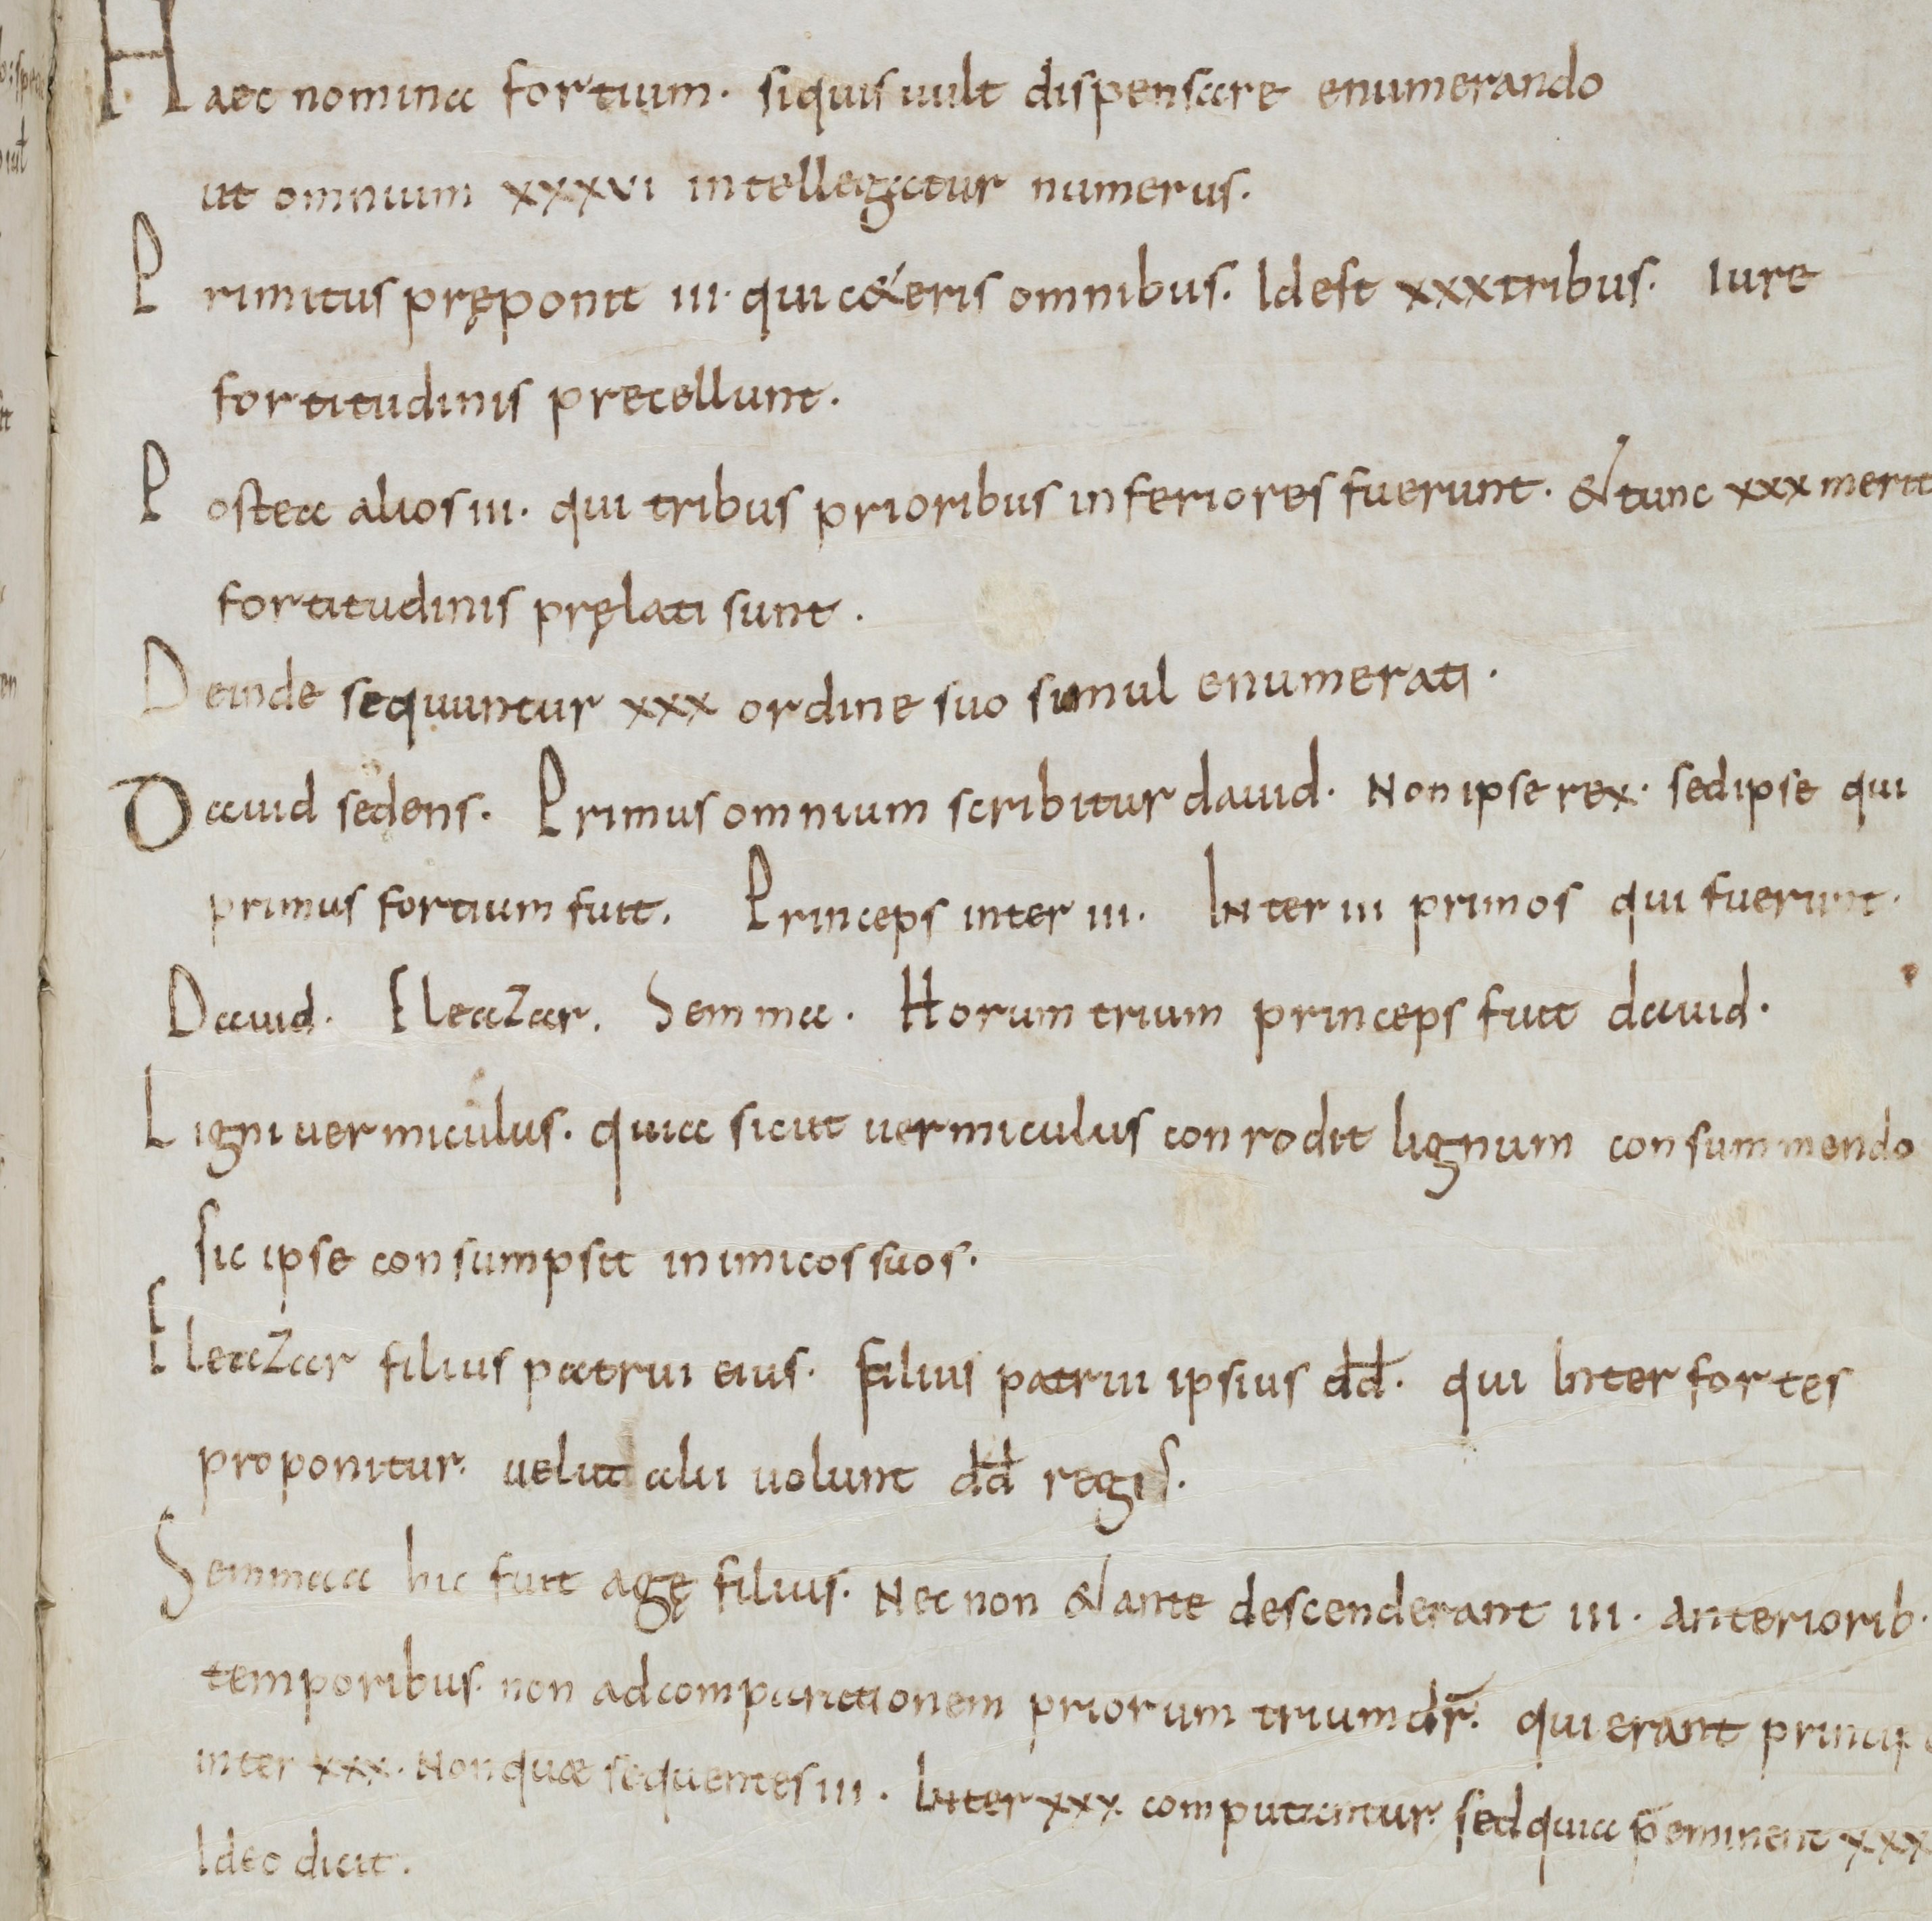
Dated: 800–899